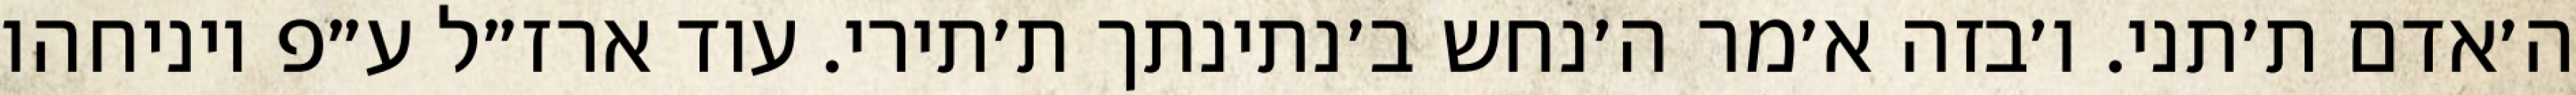
ה׳אדם ת׳תני. ו׳בזה א׳מר ה׳נחש ב׳נתינתך ת׳תירי. עוד ארז״ל ע״פ ויניחהו